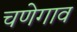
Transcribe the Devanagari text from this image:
चणेगाव